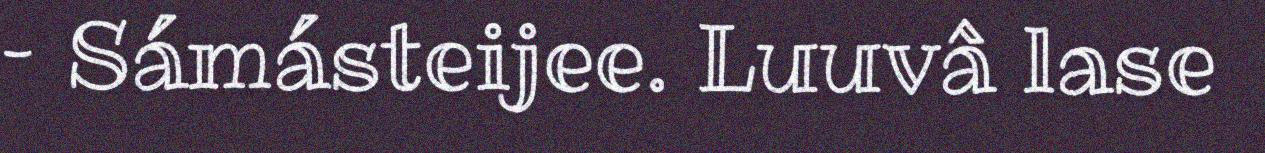
– Sámásteijee. Luuvâ lase